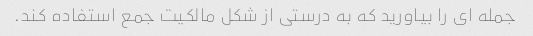
جمله ای را بیاورید که به درستی از شکل مالکیت جمع استفاده کند.